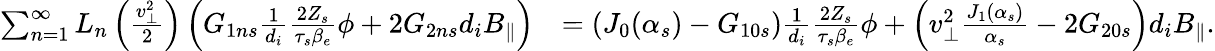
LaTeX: \begin{array}{rl}{\sum_{n=1}^{\infty}L_{n}\left(\frac{v_{\perp}^{2}}{2}\right)\left(G_{1ns}\frac{1}{d_{i}}\frac{2Z_{s}}{\tau_{s}\beta_{e}}\phi+2G_{2ns}d_{i}B_{\parallel}\right)}&{=\left(J_{0}(\alpha_{s})-G_{10s}\right)\frac{1}{d_{i}}\frac{2Z_{s}}{\tau_{s}\beta_{e}}\phi+\left(v_{\perp}^{2}\frac{J_{1}(\alpha_{s})}{\alpha_{s}}-2G_{20s}\right)d_{i}B_{\parallel}.}\end{array}